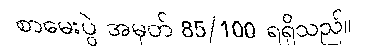
စာမေးပွဲ အမှတ် 85/100 ရရှိသည်။